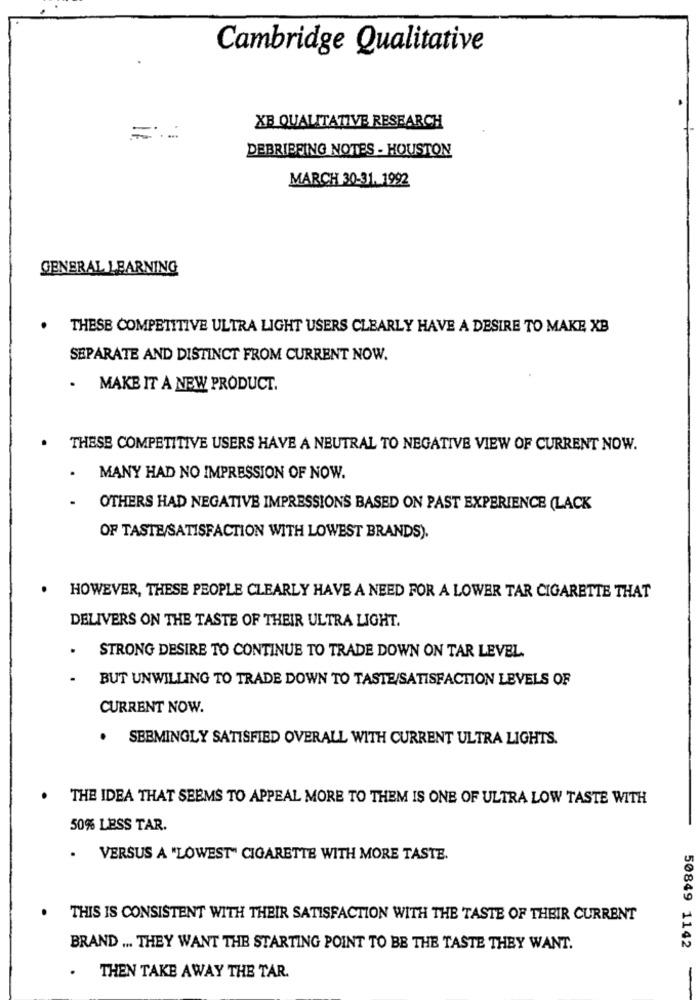
Cambridge Qualitative
XB QUALITATIVE RESEARCH
==
DEBRIEFING NOTES - HOUSTON
MARCH 30-31. 1992
GENERAL LEARNING
THESE COMPETITIVE ULTRA LIGHT USERS CLEARLY HAVE A DESIRE TO MAKE XB
SEPARATE AND DISTINCT FROM CURRENT NOW.
. MAKE IT A NEW PRODUCT.
THESE COMPETITIVE USERS HAVE A NEUTRAL TO NEGATIVE VIEW OF CURRENT NOW.
.
MANY HAD NO IMPRESSION OF NOW.
.
OTHERS HAD NEGATIVE IMPRESSIONS BASED ON PAST EXPERIENCE (LACK
OF TASTE/SATISFACTION WITH LOWEST BRANDS).
HOWEVER, THESE PEOPLE CLEARLY HAVE A NEED FOR A LOWER TAR CIGARETTE THAT
DELIVERS ON THE TASTE OF THEIR ULTRA LIGHT.
.
STRONG DESIRE TO CONTINUE TO TRADE DOWN ON TAR LEVEL.
BUT UNWILLING TO TRADE DOWN TO TASTE/SATISFACTION LEVELS OF
CURRENT NOW.
. SEEMINGLY SATISFIED OVERALL WITH CURRENT ULTRA LIGHTS.
THE IDEA THAT SEEMS TO APPEAL MORE TO THEM IS ONE OF ULTRA LOW TASTE WITH
50% LESS TAR.
. VERSUS A "LOWEST" CIGARETTE WITH MORE TASTE.
THIS IS CONSISTENT WITH THEIR SATISFACTION WITH THE TASTE OF THEIR CURRENT
BRAND ... THEY WANT THE STARTING POINT TO BE THE TASTE THEY WANT.
50849 1142
. THEN TAKE AWAY THE TAR.